Indian journal of veterinary science and animal husbandry - Volumes 22-23, 1952-1953
Year: 1952
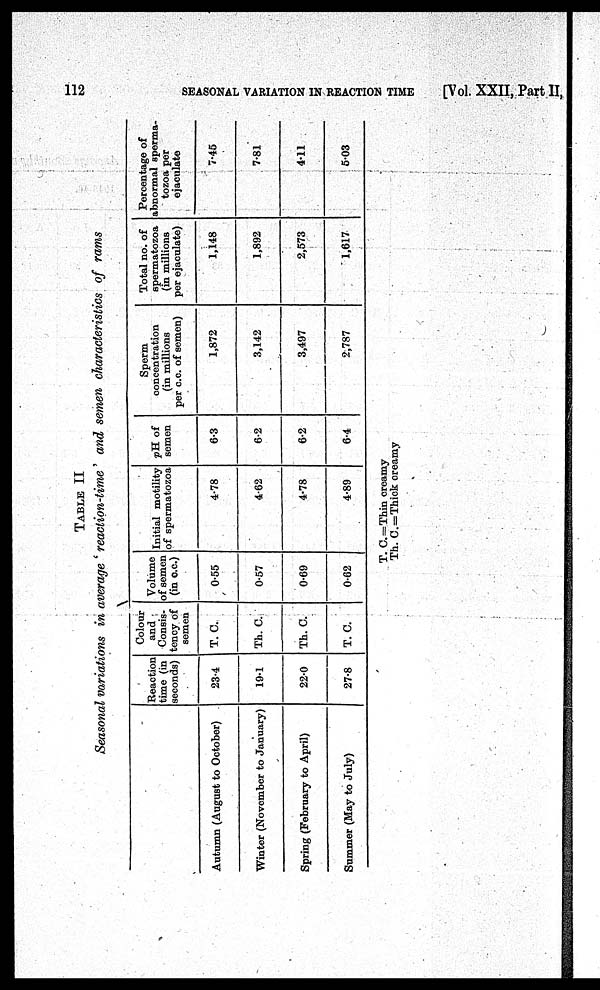
112
SEASONAL VARIATION IN REACTION TIME
[Vol. XXII, Part II,
TABLE II
Seasonal variations in average ' reaction-time ' and semen characteristics of rams
Autumn (August to October)
Winter (November to January)
Spring (February to April)
Summer (May to July)
Reaction
time (in
seconds)
23.4
19.1
22.0
27.8
Colour
and
Consis-
tency of
semen
T. C.
Th. C.
Th. C.
T. C.
Volume
of semen
(in c.c.)
0.55
0.57
0.69
0.62
Initial motility
of spermatozoa
4.78
4.62
4.78
4.89
pH of
semen
6.3
6.2
6.2
6.4
Sperm
concentration
(in millions
per c.c. of semen)
1,872
3,142
3,497
2,787
Total no. of
spermatozoa
(in millions
per ejaculate)
1,148
1,892
2,573
1,617
Percentage of
abnormal sperma-
tozoa per
ejaculate
7.45
7.81
4.11
5.03
T. C.=Thin creamy
Th. C.=Thick creamy